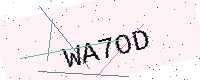
Text: WA7OD